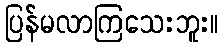
ပြန်မလာကြသေးဘူး။